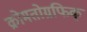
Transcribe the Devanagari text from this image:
क्रोमतोग्रफिक्